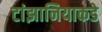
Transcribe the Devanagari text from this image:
टांझानियाकडे